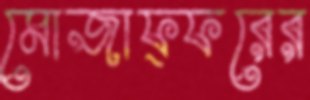
মোজাফ্ফরের